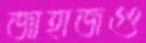
জাহাজগু